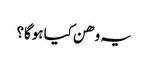
یہ وھن کیا ہوگا؟